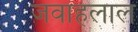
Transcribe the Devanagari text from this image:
जवाहलाल